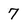
Character: 7